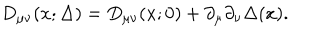
D _ { \mu \nu } ( x ; \Delta ) = D _ { \mu \nu } ( x ; 0 ) + \partial _ { \mu } \partial _ { \nu } \Delta ( x ) .